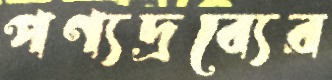
পণ্যদ্রব্যের